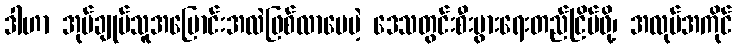
ဒါဟာ အုပ်ချုပ်သူအပြောင်းအလဲဖြစ်လာပေမဲ့ ဒေသတွင်းစီးပွားရေးတည်ငြိမ်ဖို့၊ အလုပ်အကိုင်